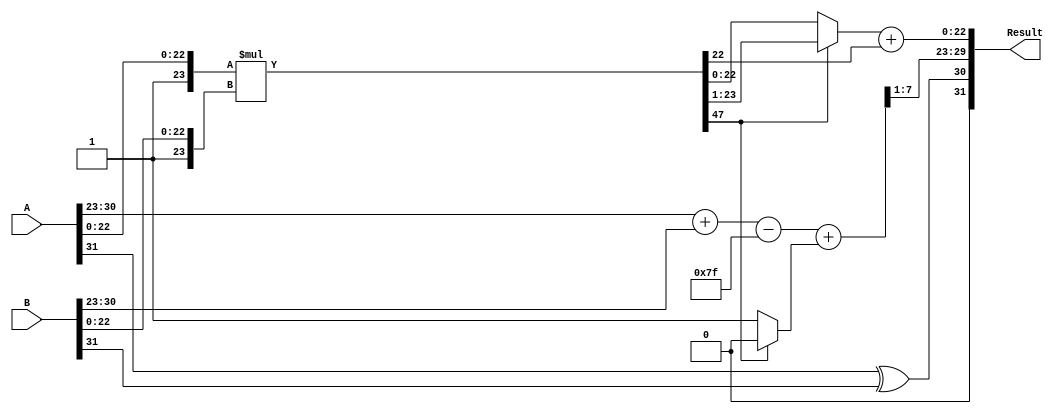
module FloatingPointMultiplier (
    input  wire [31:0] A,      // First floating-point number
    input  wire [31:0] B,      // Second floating-point number
    output wire [31:0] Result   // Resulting floating-point number
);

    // Constants
    localparam BIAS = 127;
    localparam EXPONENT_BITS = 8;
    localparam MANTISSA_BITS = 23;
    localparam MANTISSA_MAX = (1 << MANTISSA_BITS); // 2^23

    // Extract parts of A
    wire A_sign = A[31];
    wire [EXPONENT_BITS-1:0] A_exponent = A[30:23];
    wire [MANTISSA_BITS-1:0] A_mantissa = A[22:0];
    
    // Extract parts of B
    wire B_sign = B[31];
    wire [EXPONENT_BITS-1:0] B_exponent = B[30:23];
    wire [MANTISSA_BITS-1:0] B_mantissa = B[22:0];
    
    // Sign calculation
    wire Result_sign = A_sign ^ B_sign;

    // Exponent calculation
    wire [EXPONENT_BITS:0] biased_exponent = {1'b0, A_exponent} + {1'b0, B_exponent} - BIAS; // bias adjusted
    wire [EXPONENT_BITS-1:0] Result_exponent = biased_exponent[EXPONENT_BITS-1:1]; // Take lower bits and discard overflow
    
    // Mantissa calculation
    wire [MANTISSA_BITS*2:0] A_mantissa_extended = {1'b1, A_mantissa}; // Include implicit leading 1
    wire [MANTISSA_BITS*2:0] B_mantissa_extended = {1'b1, B_mantissa}; // Include implicit leading 1
    wire [MANTISSA_BITS*2+1:0] mantissa_product = A_mantissa_extended * B_mantissa_extended;
    
    // Mantissa normalization
    wire [MANTISSA_BITS*2+1:0] normalized_mantissa = mantissa_product[MANTISSA_BITS*2+1] ? mantissa_product[MANTISSA_BITS*2:1] : mantissa_product[MANTISSA_BITS*2-1:0];
    wire [EXPONENT_BITS-1:0] normalization_adjustment = mantissa_product[MANTISSA_BITS*2+1] ? 0 : 1;
    
    // Final exponent adjustment
    wire [EXPONENT_BITS:0] final_exponent = biased_exponent + normalization_adjustment;

    // Rounding (not fully implemented here, a simple approach)
    wire rounding_bit = mantissa_product[MANTISSA_BITS-1]; // Analyze the next bit for rounding
    wire [MANTISSA_BITS-1:0] final_mantissa = normalized_mantissa[MANTISSA_BITS-1:0] + rounding_bit;

    // Assemble the result
    assign Result = {Result_sign, final_exponent[EXPONENT_BITS-1:1], final_mantissa};

endmodule